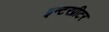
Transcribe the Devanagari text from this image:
इन्टरप्रीटर